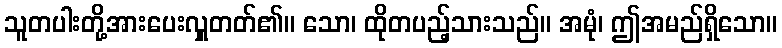
သူတပါးတို့အားပေးလှူတတ်၏။ သော၊ ထိုတပည့်သားသည်။ အမုံ၊ ဤအမည်ရှိသော။